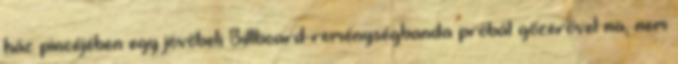
ház pincéjében egy jövőbeli Billboard-reménységbanda próbál gőzerővel na, nem